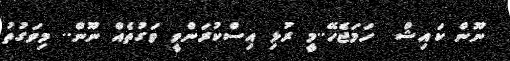
ނޫން ކައިޝް  ހަމަޖެހޭ..މީ ރުޅި އިސްކުރަންވީ ވަގުތެއް ނޫން.. މިވަގުތު